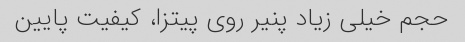
حجم خیلی زیاد پنیر روی پیتزا، کیفیت پایین